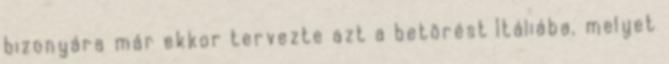
bizonyára már ekkor tervezte azt a betörést Itáliába, melyet